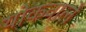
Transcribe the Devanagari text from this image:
योकवाले